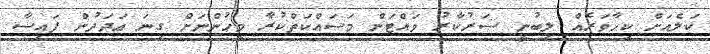
ކަލެއަށް ކިހާވަރެއް ލިބުނީ ސަރުކާރު ވައްޓަން މަސައްކަތްކުރާ މީހުންނަށް ގިނަ ޢަދަދުން ފައިސާ